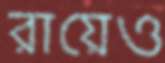
রায়েও